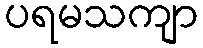
ပရမသကျာ